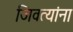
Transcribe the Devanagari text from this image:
जिवत्यांना